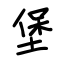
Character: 堡